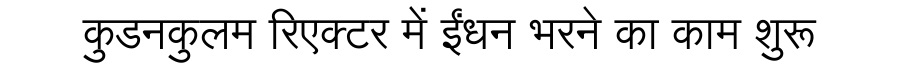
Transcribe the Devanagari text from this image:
कुडनकुलम रिएक्टर में ईंधन भरने का काम शुरू